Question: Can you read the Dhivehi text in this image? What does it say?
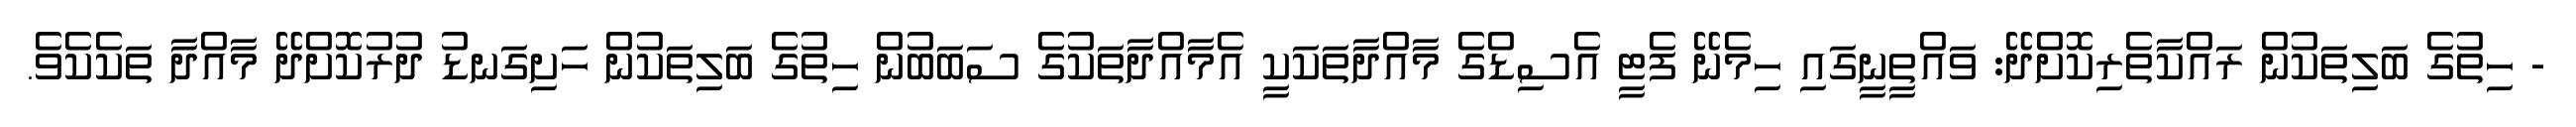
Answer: - ހިތުގެ ބަލިތަކުން ރައްކާތެރިކޮށްދޭ: ވައްތީނީގައި ހިމެނޭ ފެޓީ އެސިޑްގެ މާއްދާތަކަކީ އެމާއްދާތަކުގެ ސަބަބުން ހިތުގެ ބަލިތަކުން ހަށިގަނޑު ދުރުކޮށްދޭ މާއްދާ ތަކެކެވެ.